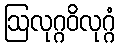
ဩလုဂ္ဂဝိလုဂ္ဂံ